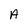
Character: A